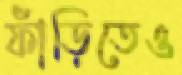
ফাঁড়িতেও